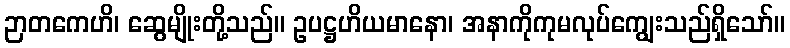
ဉာတကေဟိ၊ ဆွေမျိုးတို့သည်။ ဥပဋ္ဌဟိယမာနော၊ အနာကိုကုမလုပ်ကျွေးသည်ရှိသော်။